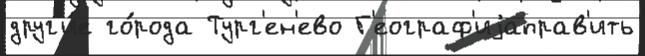
друг'и́е го́рода Тург'ен'ево Г'еограф'иjаправ'ить